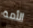
الأمة